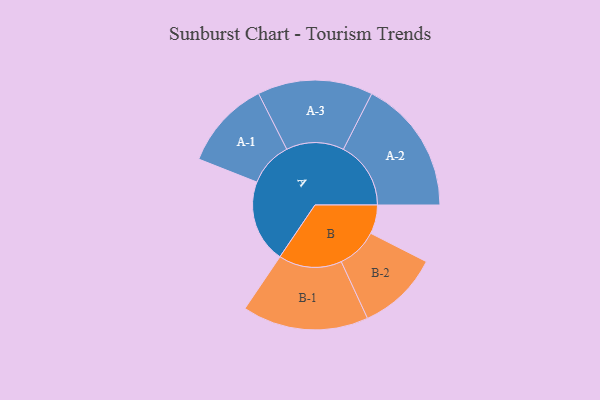
{"axis": {"x": "Segment", "y": "Value"}, "legend": ["", "A", "B"], "data": [{"x": "A", "y": 365, "type": ""}, {"x": "B", "y": 127, "type": ""}, {"x": "A-1", "y": 196, "type": "A"}, {"x": "A-2", "y": 297, "type": "A"}, {"x": "A-3", "y": 254, "type": "A"}, {"x": "B-1", "y": 278, "type": "B"}, {"x": "B-2", "y": 180, "type": "B"}]}